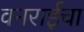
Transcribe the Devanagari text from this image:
वनराईचा